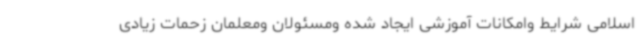
اسلامی شرایط وامکانات آموزشی ایجاد شده ومسئولان ومعلمان زحمات زیادی